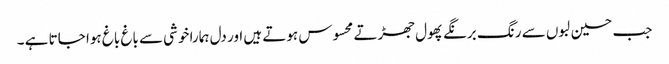
جب حسین لبوں سے رنگ برنگے پھول جھڑتے محسوس ہوتے ہیں اور دل ہمارا خوشی سے باغ باغ ہوا جاتا ہے ۔